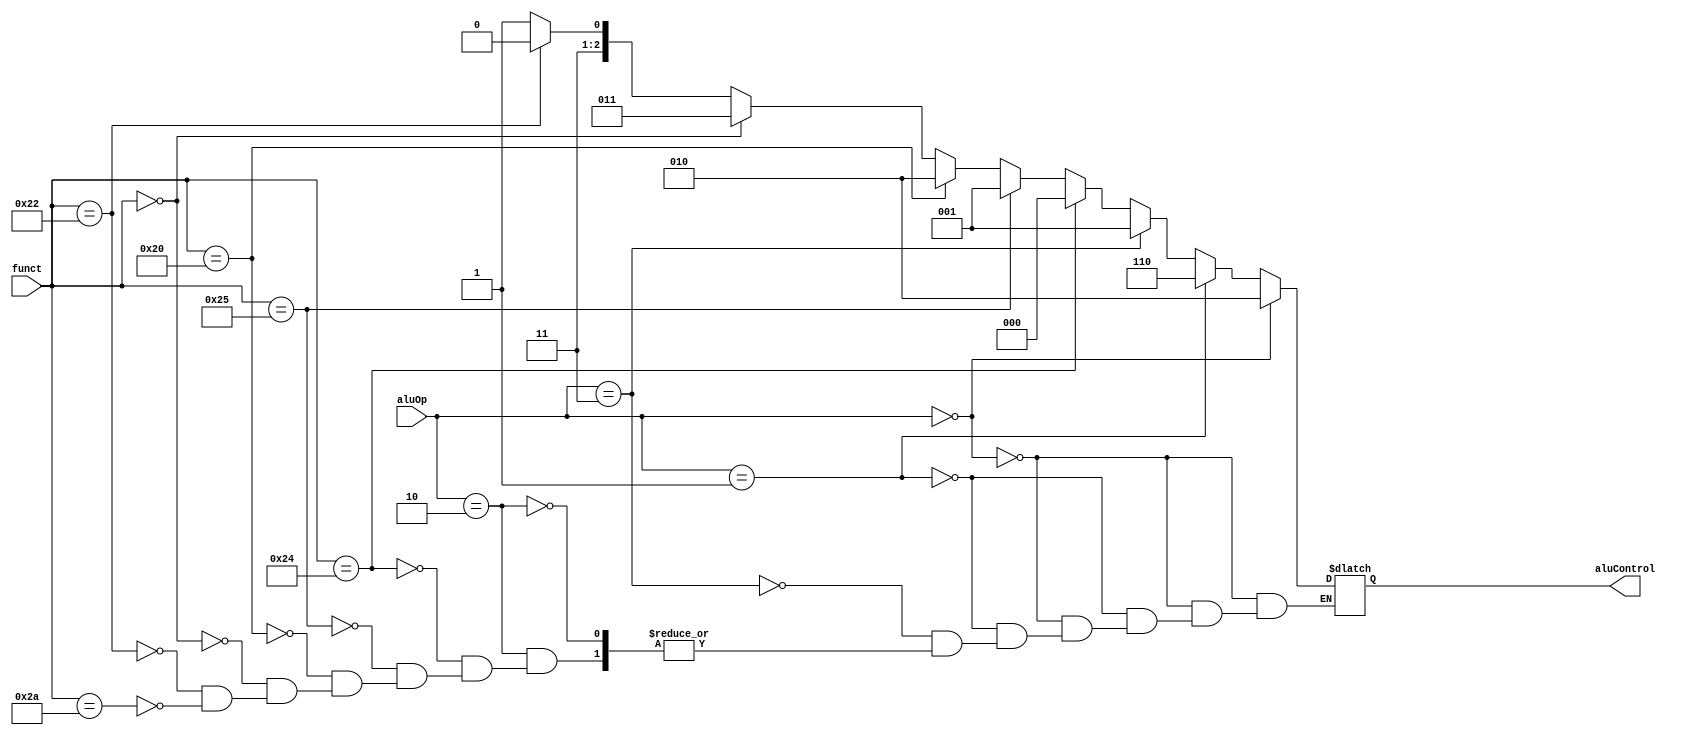
module AluControl(
	output reg[2:0] aluControl,
	input[5:0] funct,
	input [2:0] aluOp
);
always @(aluOp, funct) 
if(aluOp == 3'b000)
	aluControl <= 3'b010;  	//(Add) addi, lw, sw
else if (aluOp == 3'b001)
	aluControl <= 3'b110;	//(Sub) beq, bne	

else if (aluOp == 3'b011) 	//ori
	aluControl = 3'b001;
	
else if (aluOp == 3'b010)	//R-type
	begin
		if(funct == 36)
			aluControl <= 3'b000;	//And 0
		else if(funct == 37)
			aluControl <=3'b001;	//Or 1
		else if(funct == 32)
			aluControl <= 3'b010;	//Add 2
		else if (funct == 0)
			aluControl <= 3'b011;	//Sll 3
		else if(funct == 34)		
			aluControl <= 3'b110;	//Sub 6
		else if(funct == 42)
			aluControl <= 3'b111;	//Slt 7
	end
// else
// 	aluControl <= 3'b000;
	
endmodule

module tb_alu();
reg[5:0] funct;
reg[2:0]aluOp;
wire[2:0] aluControl;
reg [31:0] instructions[0:5];
reg [31:0] instruction;

integer file;
integer i;
AluControl A (aluControl, funct, aluOp);
initial begin
	i = 0;
	$monitor("%b, %b, %b, %b", funct, aluOp, aluControl, instruction);
	$readmemb("binaryCode.txt", instructions);
	aluOp = 3'b010;
	for(i = 0; i < 6; i = i + 1)
		begin
		#10
		instruction = 32'b00000010010100111000100000100010;
		funct  = instruction[5:0];
			
		end	
	
	//Decalre Control unit here
	//aluOp value =  output of control unit
	end

endmodule